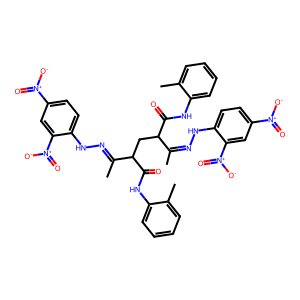
SMILES: CC(=NNc1ccc([N+](=O)[O-])cc1[N+](=O)[O-])C(CC(C(=O)Nc1ccccc1C)C(C)=NNc1ccc([N+](=O)[O-])cc1[N+](=O)[O-])C(=O)Nc1ccccc1C
Inhibits HIV replication: No